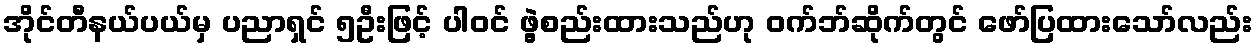
အိုင်တီနယ်ပယ်မှ ပညာရှင် ၅ဦးဖြင့် ပါဝင် ဖွဲ့စည်းထားသည်ဟု ဝက်ဘ်ဆိုက်တွင် ဖော်ပြထားသော်လည်း